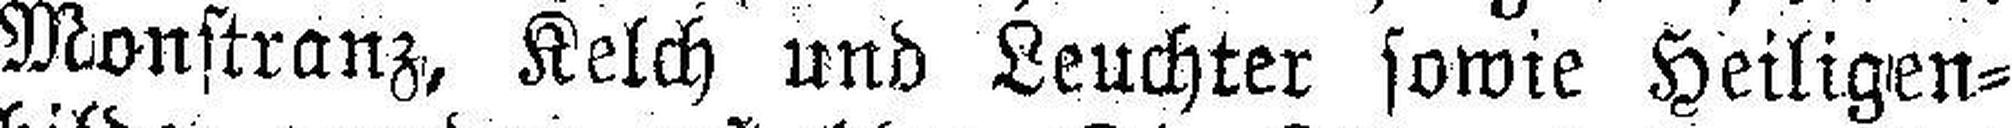
Monstranz, Kelch und Leuchter sowie Heiligen¬